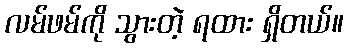
လမ်ဖမ်ကို သွားတဲ့ ရထား ရှိတယ်။